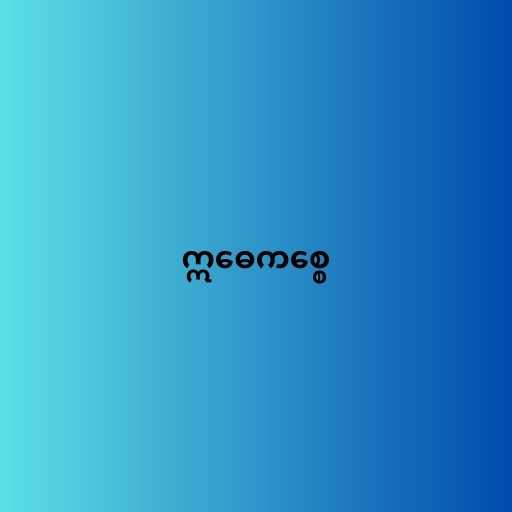
ဣဓေကစ္စေ